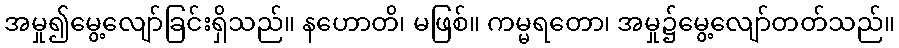
အမှု၍မွေ့လျော်ခြင်းရှိသည်။ နဟောတိ၊ မဖြစ်။ ကမ္မရတော၊ အမှု၌မွေ့လျော်တတ်သည်။